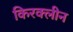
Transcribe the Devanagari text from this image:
किरक्लीन